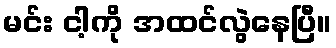
မင်း ငါ့ကို အထင်လွဲနေပြီ။